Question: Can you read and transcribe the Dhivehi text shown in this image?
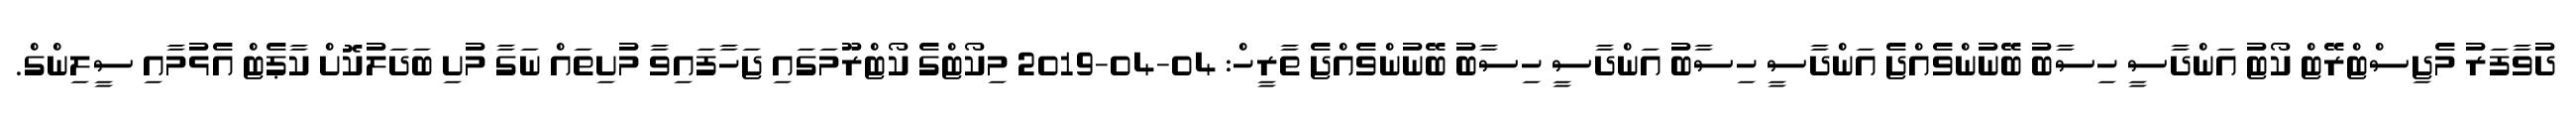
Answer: ދުވާފަރު މެޖިސްޓްރޭޓް ކޯޓު އަންދާސީ ހިސާބު ބޭނުންވެއްޖެ އަންދާސީ ހިސާބު އަންދާސީ ހިސާބު ބޭނުންވެއްޖެ ތާރީހް: 04-04-2019 މިކޯޓްގެ ކޯޓްރޫމަގައި ޖަހާފައިވާ މުށިތައް ނަގާ މުށި ބަދަލުކޮށް ކާޕެޓް އެޅުމާއި ސީލިންގް.